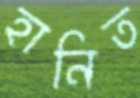
হানিত